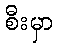
စီးမှာ